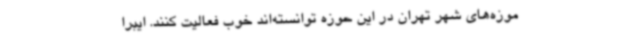
موزه‌های شهر تهران در این حوزه توانسته‌اند خوب فعالیت کنند. ایبرا